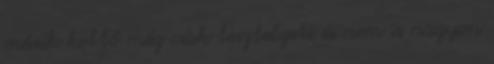
másik kettő még csak tesztelgeti és nem is nagyon